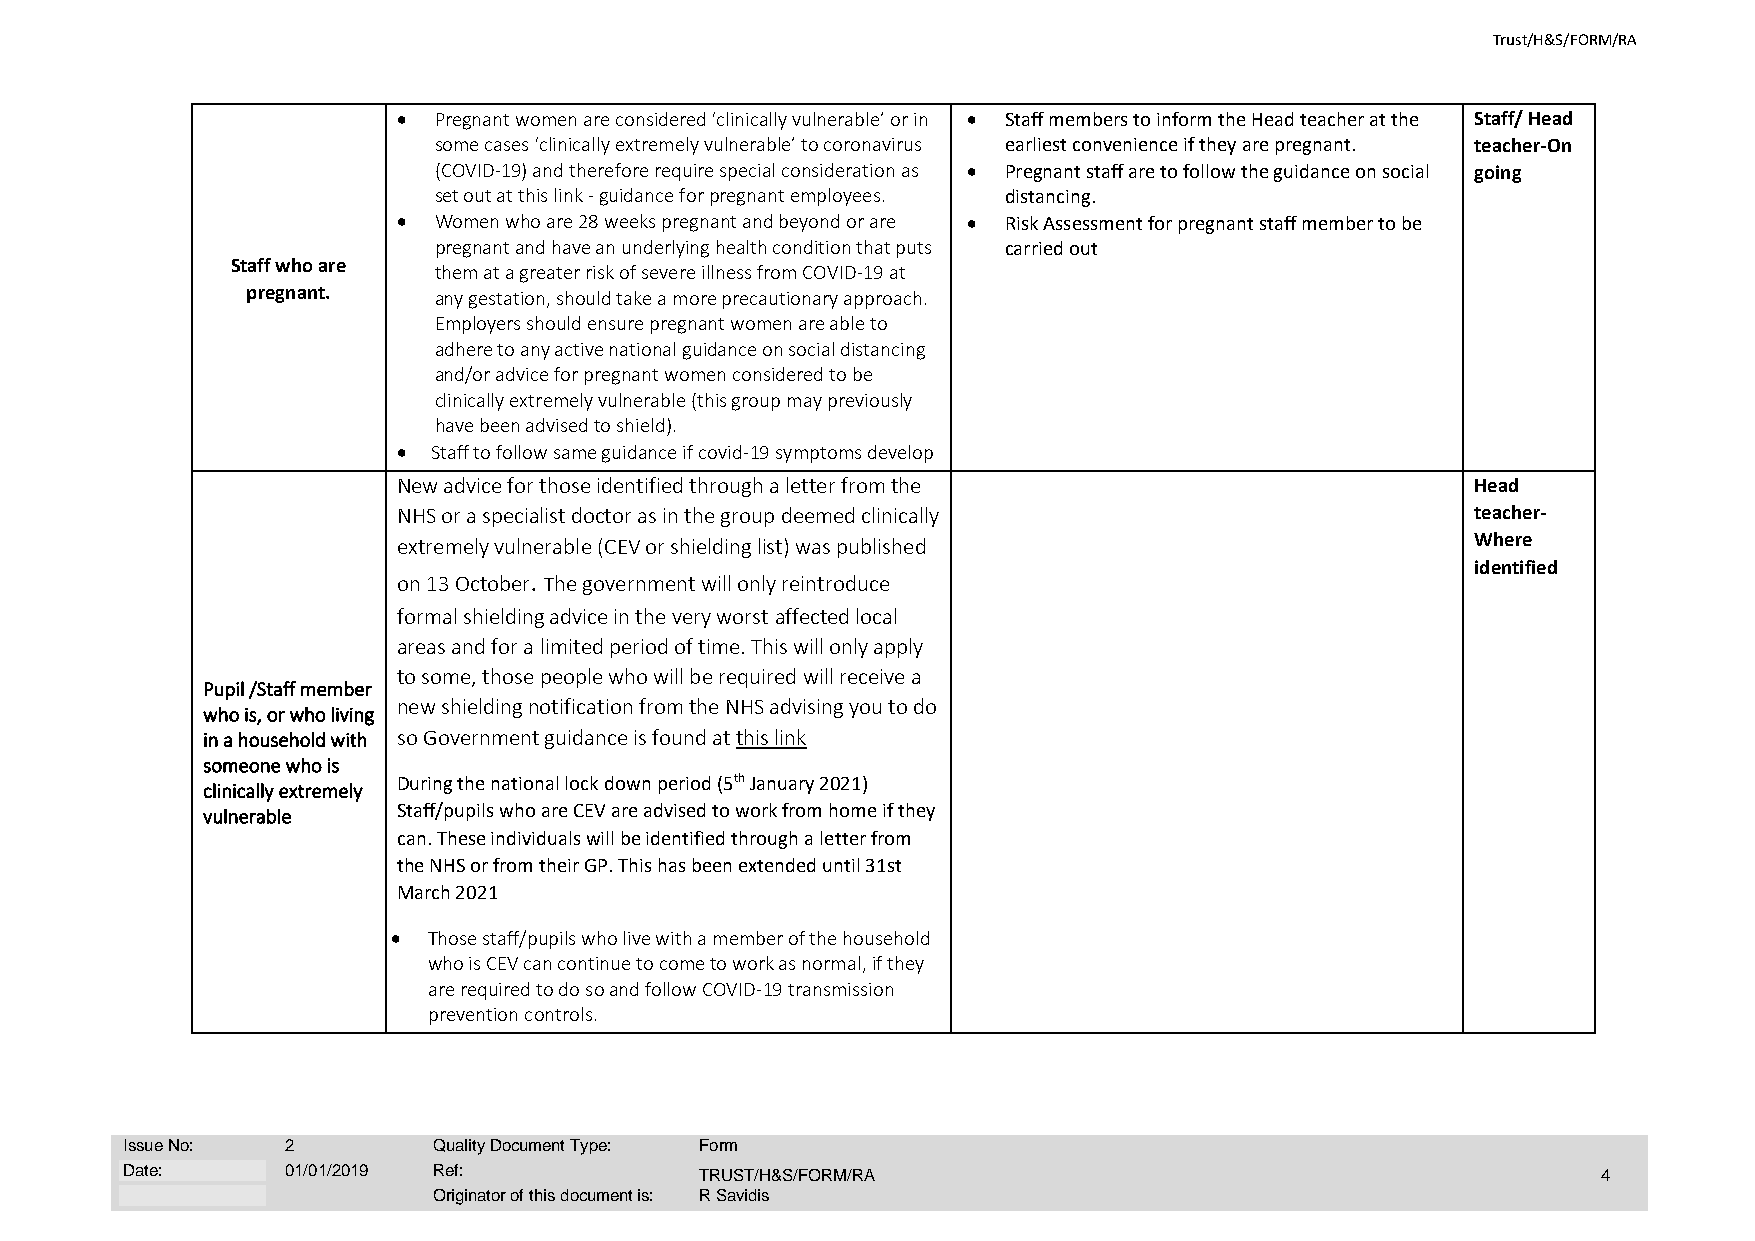
Trust/H&S/FORM/RA
 •  Pregnant women are considered ‘clinically vulnerable’ or in • Staff members to inform the Head teacher at the Staff/ Head
 some cases ‘clinically extremely vulnerable’ to coronavirus earliest convenience if they are pregnant. teacher-On
 (COVID-19) and therefore require special consideration as • Pregnant staff are to follow the guidance on social going
 set out at this link - guidance for pregnant employees. distancing.
 •  Women who are 28 weeks pregnant and beyond or are • Risk Assessment for pregnant staff member to be
 pregnant and have an underlying health condition that puts carried out
 Staff who are
 them at a greater risk of severe illness from COVID-19 at
 pregnant.    any gestation, should take a more precautionary approach.
 Employers should ensure pregnant women are able to
 adhere to any active national guidance on social distancing
 and/or advice for pregnant women considered to be
 clinically extremely vulnerable (this group may previously
 have been advised to shield).
 •  Staff to follow same guidance if covid-19 symptoms develop
 New advice for those identified through a letter from the               Head
 NHS or a specialist doctor as in the group deemed clinically            teacher-
 extremely vulnerable (CEV or shielding list) was published              Where
 identified
 on 13 October. The government will only reintroduce
 formal shielding advice in the very worst affected local
 areas and for a limited period of time. This will only apply
 to some, those people who will be required will receive a
 Pupil /Staff member
 new shielding notification from the NHS advising you to do
 who is, or who living
 in a household with so Government guidance is found at this link
 someone who is
 During the national lock down period (5th January 2021)
 clinically extremely
 vulnerable   Staff/pupils who are CEV are advised to work from home if they
 can. These individuals will be identified through a letter from
 the NHS or from their GP. This has been extended until 31st
 March 2021
 • Those staff/pupils who live with a member of the household
 who is CEV can continue to come to work as normal, if they
 are required to do so and follow COVID-19 transmission
 prevention controls.
 Issue No:  2         Quality Document Type: Form
 Date:      01/01/2019 Ref:            TRUST/H&S/FORM/RA                                           4
 Originator of this document is: R Savidis